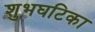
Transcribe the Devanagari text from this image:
शुभघटिका